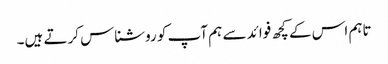
تاہم اس کے کچھ فوائد سے ہم آپ کو روشناس کرتے ہیں۔